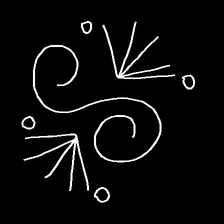
Glyph: aeroform